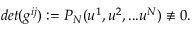
d e t ( g ^ { i j } ) : = P _ { N } ( u ^ { 1 } , u ^ { 2 } , . . . u ^ { N } ) \not \equiv 0 .